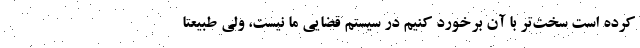
کرده است سخت‌تر با آن برخورد کنیم در سیستم قضایی ما نیست، ولی طبیعتاً